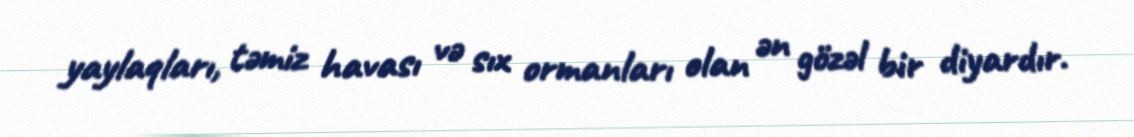
yaylaqları, təmiz havası və sıx ormanları olan ən gözəl bir diyardır.